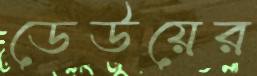
ডেউয়ের